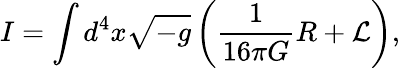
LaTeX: I=\int d^{4}x\sqrt{-g}\left(\frac{1}{16\pi G}R+{\cal L}\right),